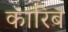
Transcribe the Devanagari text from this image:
कारिब